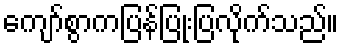
ကျော်စွာကပြန်ပြုံးပြလိုက်သည်။